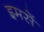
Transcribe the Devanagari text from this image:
इमसें